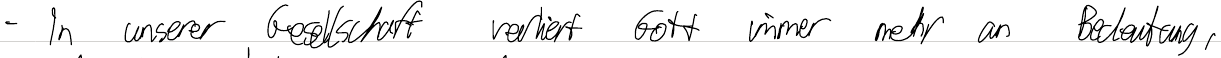
- In unserer Gesellschaft verliert Gott immer mehr an Bedeutung,